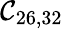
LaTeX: \mathcal{C}_{26,32}